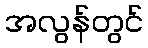
အလွန်တွင်